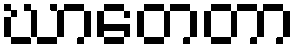
ဃာတေတာ